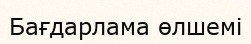
Бағдарлама өлшемі